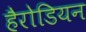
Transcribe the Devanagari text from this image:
हैरोडियन